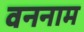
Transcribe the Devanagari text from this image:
वननाम